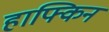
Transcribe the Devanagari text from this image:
हाफ्किन